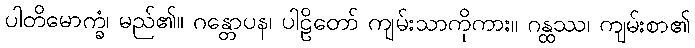
ပါတိမောက္ခံ၊ မည်၏။ ဂန္တောပန၊ ပါဠိတော် ကျမ်းသာကိုကား။ ဂန္ထဿ၊ ကျမ်းစာ၏